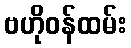
ဗဟိုဝန်ထမ်း